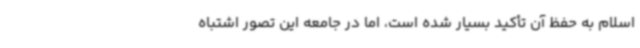
اسلام به حفظ آن تأکید بسیار شده است، اما در جامعه این تصور اشتباه